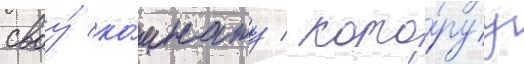
своу́ ко́мнату / кото́руу